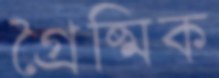
গ্রৈষ্মিক